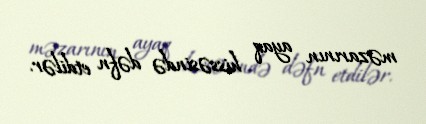
məzarının ayaq hissəsində dəfn etdilər.